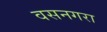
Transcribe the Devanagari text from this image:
वसनगरा